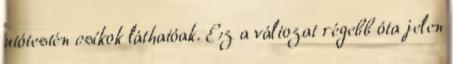
utótestén csíkok láthatóak. Ez a változat régebb óta jelen